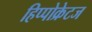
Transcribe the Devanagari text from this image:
हिप्पोक्रेटज